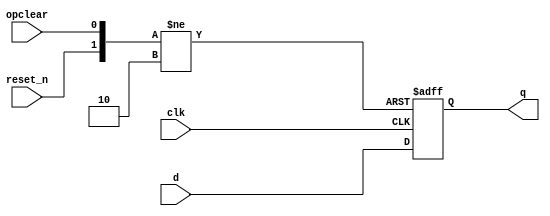
module _dff_3_ro(clk, reset_n, opclear, d, q);							//declare d flip flop resetable module
	input clk, reset_n, opclear;												//set input
	input [2:0] d;
	output reg [2:0] q;												//set output reg
	
	always@ (posedge clk or negedge reset_n or posedge opclear)					//always clk is positive edge and reset_n is negetive edge
	begin		
		if(reset_n == 0) q <= 3'b0;								//if reset_n is 0, q is 0
		else if(opclear == 1) q <= 3'b0;
		else q <= d;													//else q is d (nonblocking)
	end
endmodule